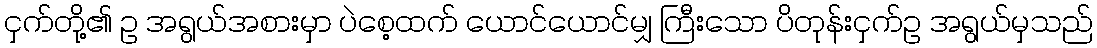
ငှက်တို့၏ ဥ အရွယ်အစားမှာ ပဲစေ့ထက် ယောင်ယောင်မျှ ကြီးသော ပိတုန်းငှက်ဥ အရွယ်မှသည်